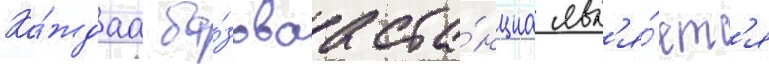
Ка́ждаа ба́зоваа ста́нциа явл'я́етс'я